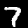
Digit: 7